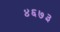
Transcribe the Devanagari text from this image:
४६७३